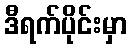
ဒီရက်ပိုင်းမှာ